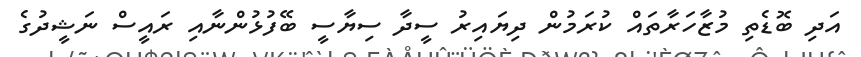
އަދި ބޮޑެތި މުޒާހަރާތައް ކުރަމުން ދިޔައިރު ސީދާ ސިޔާސީ ބޭފުޅުންނާއި ރައީސް ނަޝީދުގެ